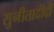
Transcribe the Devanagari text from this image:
सुनीतादीदी